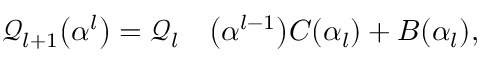
\begin{array} { r l } { \mathcal { Q } _ { l + 1 } \big ( \boldsymbol { \alpha } ^ { l } \big ) = \mathcal { Q } _ { l } } & { { } \big ( \boldsymbol { \alpha } ^ { l - 1 } \big ) C ( \alpha _ { l } ) + B ( \alpha _ { l } ) , } \end{array}